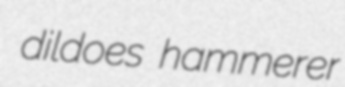
dildoes hammerer